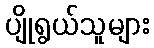
ပျိုရွယ်သူများ